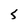
Character: s